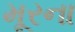
મૂરના